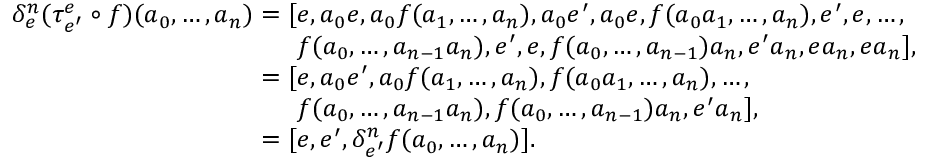
\begin{array} { r l } & { \delta _ { e } ^ { n } ( \tau _ { e ^ { \prime } } ^ { e } \circ f ) ( a _ { 0 } , \dots , a _ { n } ) = [ e , a _ { 0 } e , a _ { 0 } f ( a _ { 1 } , \dots , a _ { n } ) , a _ { 0 } e ^ { \prime } , a _ { 0 } e , f ( a _ { 0 } a _ { 1 } , \dots , a _ { n } ) , e ^ { \prime } , e , \dots , } \\ & { \hphantom { \delta _ { e } ^ { n } ( \tau _ { e ^ { \prime } } ^ { e } \circ f ) ( a _ { 0 } , \dots , a _ { n } ) = [ } f ( a _ { 0 } , \dots , a _ { n - 1 } a _ { n } ) , e ^ { \prime } , e , f ( a _ { 0 } , \dots , a _ { n - 1 } ) a _ { n } , e ^ { \prime } a _ { n } , e a _ { n } , e a _ { n } ] , } \\ & { \hphantom { \delta _ { e } ^ { n } ( \tau _ { e ^ { \prime } } ^ { e } \circ f ) ( a _ { 0 } , \dots , a _ { n } ) } = [ e , a _ { 0 } e ^ { \prime } , a _ { 0 } f ( a _ { 1 } , \dots , a _ { n } ) , f ( a _ { 0 } a _ { 1 } , \dots , a _ { n } ) , \dots , } \\ & { \hphantom { \delta _ { e } ^ { n } ( \tau _ { e ^ { \prime } } ^ { e } \circ f ) ( a _ { 0 } , \dots , a _ { n } ) = [ } f ( a _ { 0 } , \dots , a _ { n - 1 } a _ { n } ) , f ( a _ { 0 } , \dots , a _ { n - 1 } ) a _ { n } , e ^ { \prime } a _ { n } ] , } \\ & { \hphantom { \delta _ { e } ^ { n } ( \tau _ { e ^ { \prime } } ^ { e } \circ f ) ( a _ { 0 } , \dots , a _ { n } ) } = [ e , e ^ { \prime } , \delta _ { e ^ { \prime } } ^ { n } f ( a _ { 0 } , \dots , a _ { n } ) ] . } \end{array}